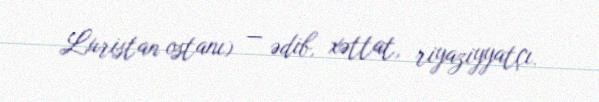
Luristan ostanı) — ədib, xəttat, riyaziyyatçı.